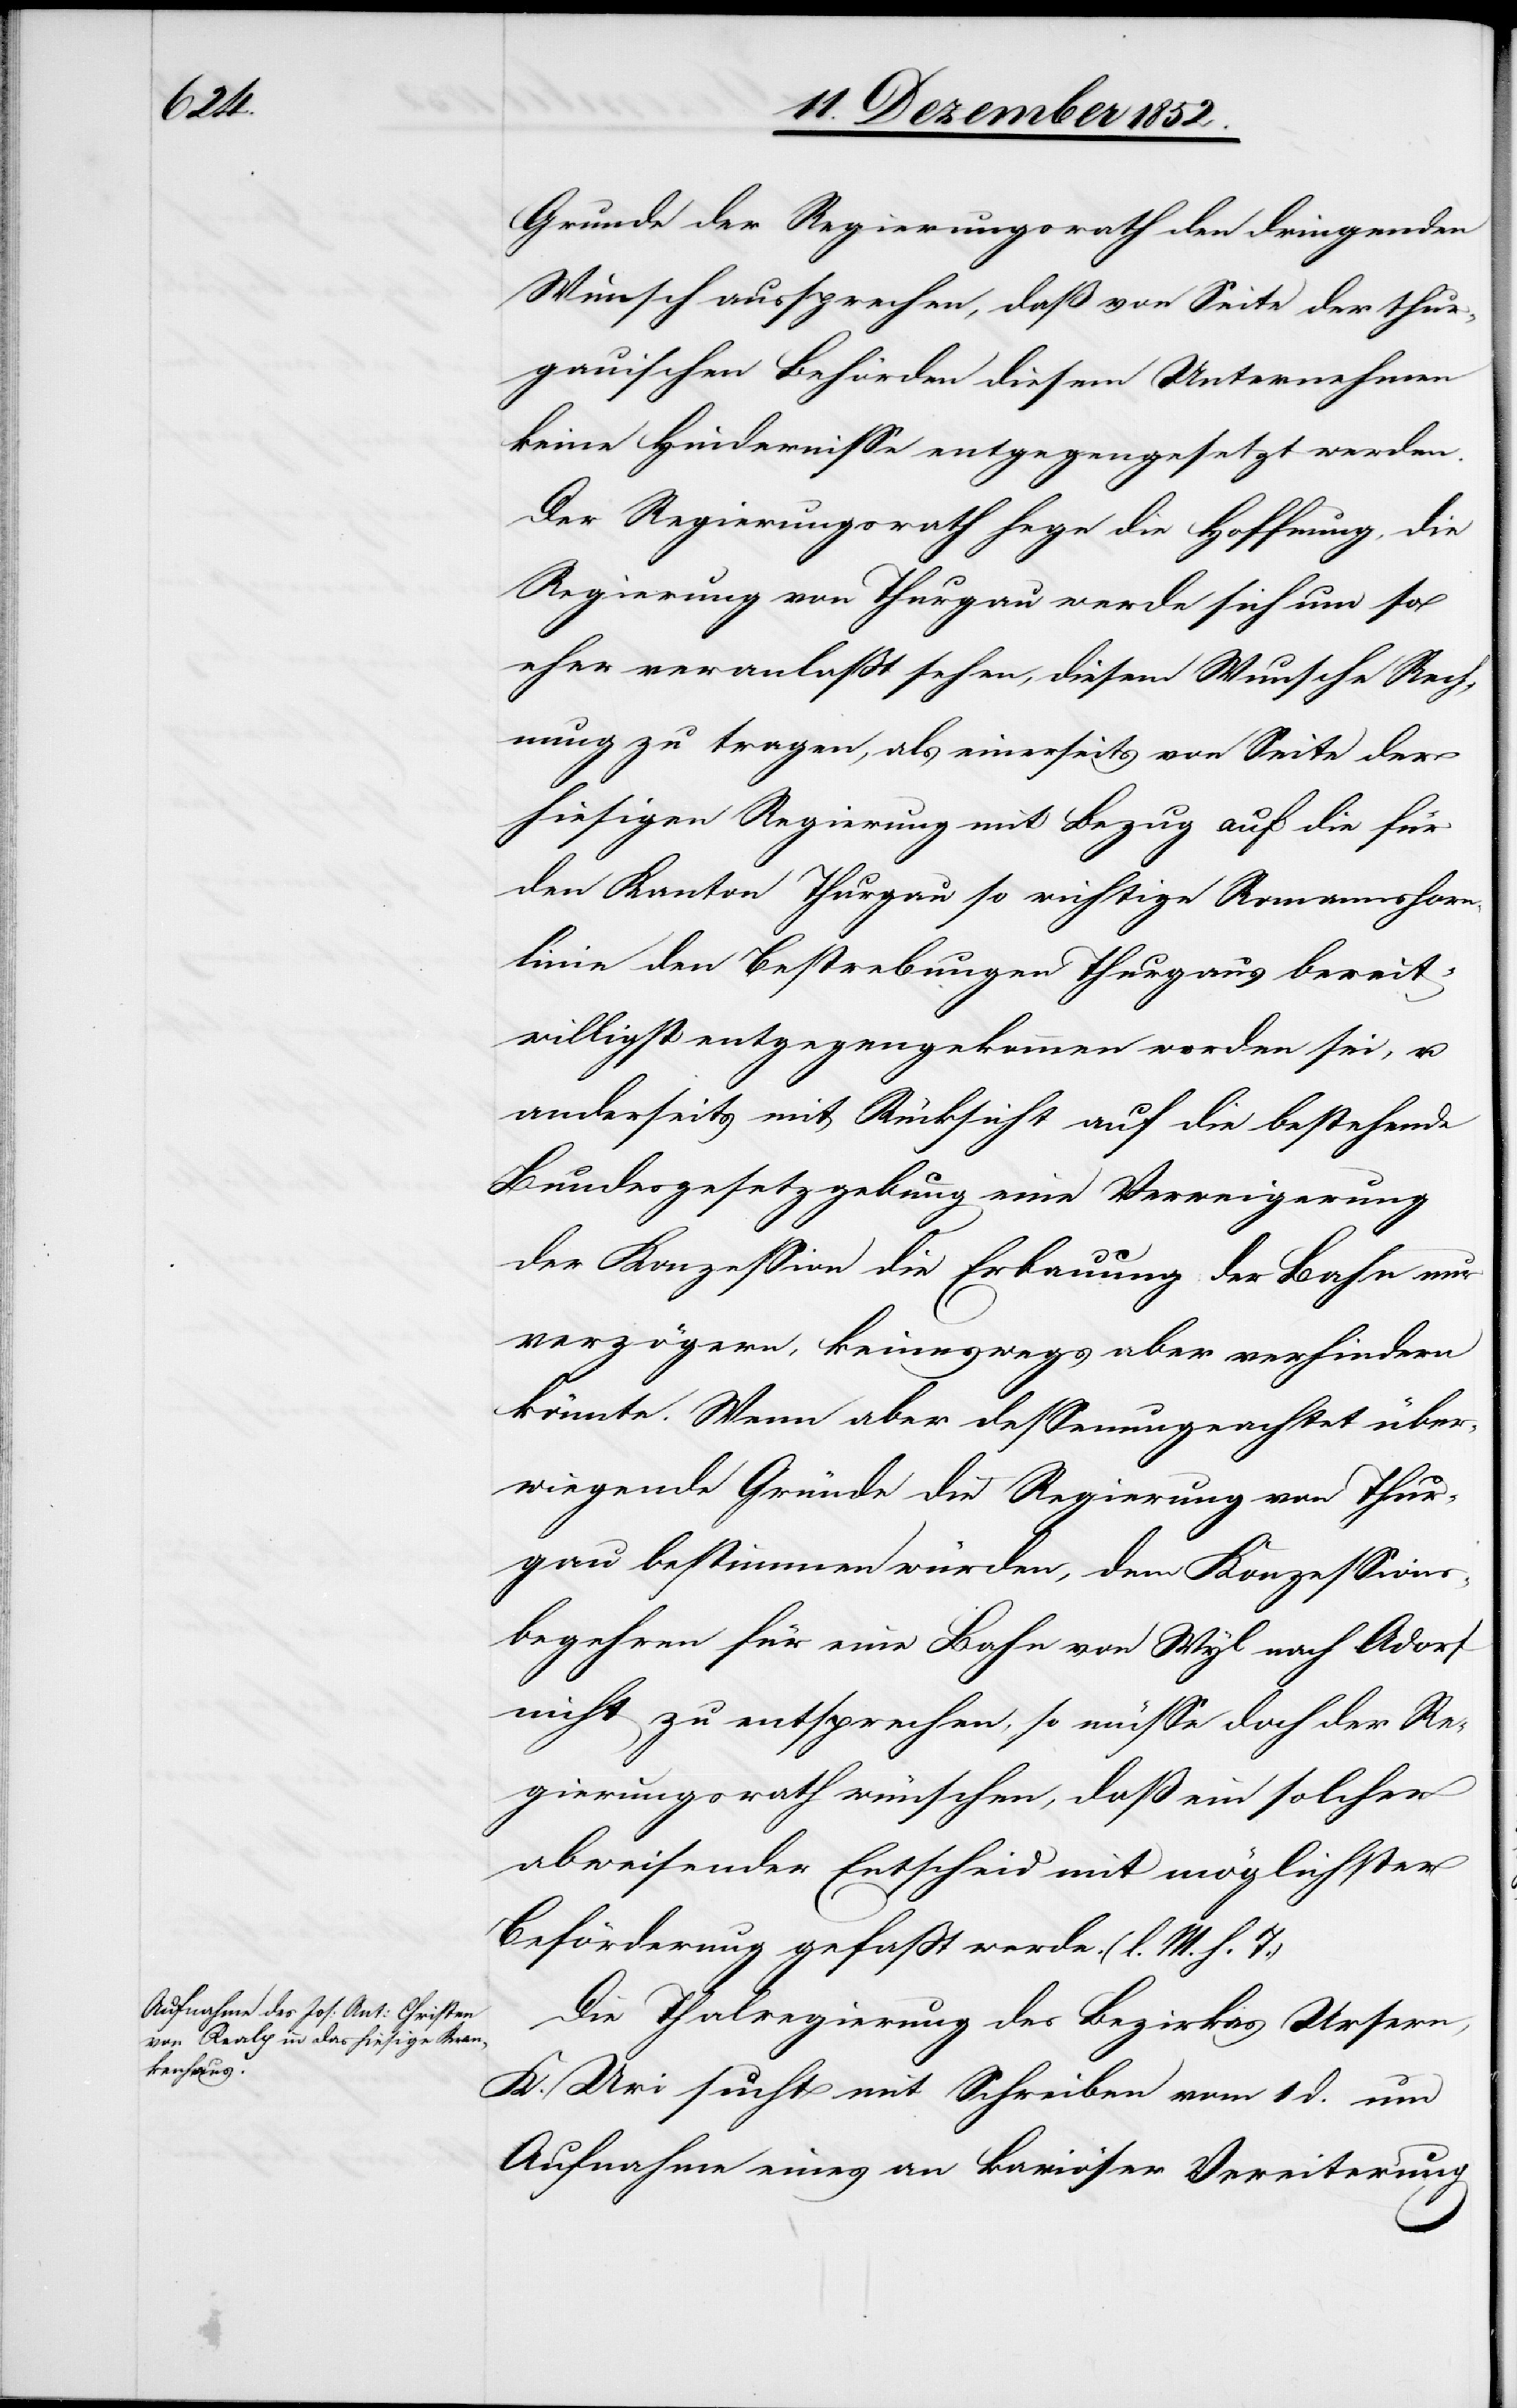
Grunde der Regierungsrath den dringenden
Wunsch aussprechen, daß von Seite der thur¬
gauischen Behörden diesem Unternehmen
keine Hindernisse entgegengesetzt werden.
Der Regierungsrath hege die Hoffnung, die
Regierung von Thurgau werde sich um so
eher veranlaßt sehen, diesem Wunsche Rech¬
nung zu tragen, als einerseits von Seite der
hiesigen Regierung mit Bezug auf die für
den Kanton Thurgau so wichtige Romannshorn¬
linie den Bestrebungen Thurgaus bereit¬
willigst entgegengekommen worden sei, u.
anderseits mit Rücksicht auf die bestehende
Bundesgesetzgebung eine Verweigerung
der Konzession die Erbauung der Bahn nur
verzögern, keineswegs aber verhindern
könnte. Wenn aber dessenungeachtet über¬
wiegende Gründe die Regierung von Thur¬
gau bestimmen würden, dem Konzessions¬
begehren für eine Bahn von Wyl nach Adorf
nicht zu entsprechen, so müsse doch der Re¬
gierungsrath wünschen, daß ein solcher
abweisender Entscheid mit möglichster
Beförderung gefaßt werde. (l. M. h. T.)
Die Thalregierung des Bezirkes Ursern,
K. Uri sucht mit Schreiben vom 1 d. um
Aufnahme eines an kariöser Vereiterung